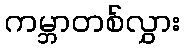
ကမ္ဘာတစ်လွှား